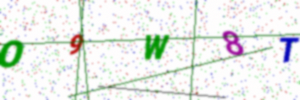
Text: O9W8T